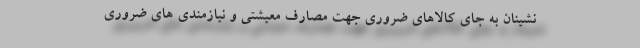
نشینان به جای کالاهای ضروری جهت مصارف معیشتی و نیازمندی های ضروری